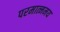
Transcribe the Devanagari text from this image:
परमात्ममय